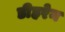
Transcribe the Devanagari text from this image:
डीहरेन